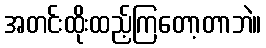
အတင်းထိုးထည့်ကြတော့တာဘဲ။